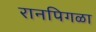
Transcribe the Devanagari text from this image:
रानपिगळा